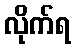
လိုက်ရ